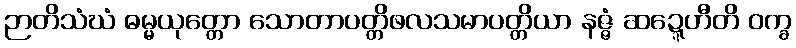
ဉာတိသံဃံ ဓမ္မယုတ္တော သောတာပတ္တိဖလသမာပတ္တိယာ နဇ္ဇံ ဆဍ္ဍေဟီတိ ဝက္ခ